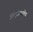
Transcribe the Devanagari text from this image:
सिंहांप्रमाणेच